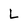
Character: L